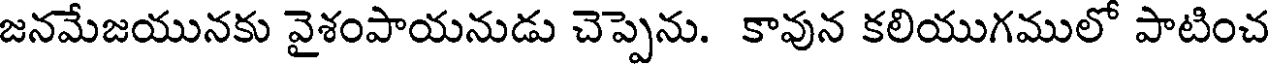
జనమేజయునకు వైశంపాయనుడు చెప్పెను. కావున కలియుగములో పాటించ